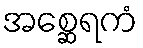
အစ္ဆေရကံ